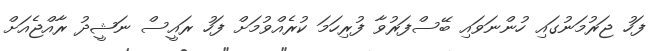
ފަހު ޖަރުމަނުގައި ހުންނަވައި ބޭސްފަރުވާ ފުރިހަމަ ކުރެއްވުމަށް ފަހު ރައީސް ނަޝީދު ރާއްޖެއަށް